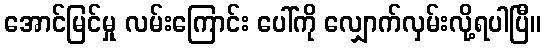
အောင်မြင်မှု လမ်းကြောင်း ပေါ်ကို လျှောက်လှမ်းလို့ရပါပြီ။